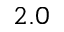
2 . 0